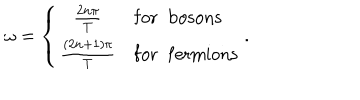
\omega = \left\{ \begin{array} { c l } { { { \frac { 2 n \pi } { T } } } } & { { \mathrm { f o r \; \; b o s o n s } } } \\ { { { \frac { ( 2 n + 1 ) \pi } { T } } } } & { { \mathrm { f o r \; \; f e r m i o n s } } } \\ \end{array} \right. .